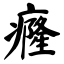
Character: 癃